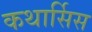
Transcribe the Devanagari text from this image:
कथार्सिस